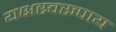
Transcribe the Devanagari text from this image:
यक्षस्वरूपाय